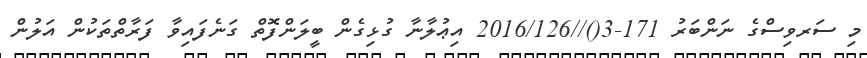
މި ސަރވިސްގެ ނަންބަރު 171-3()//2016/126 އިޢުލާނާ ގުޅިގެން ބީލަންފޮތް ގަނެފައިވާ ފަރާތްތަކުން އަލުން